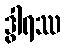
ဒွါရဿ